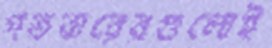
গতবারেরগুলোই